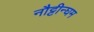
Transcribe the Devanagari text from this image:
नौट्टीन्घम